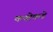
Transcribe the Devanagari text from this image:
कक्षेकडे